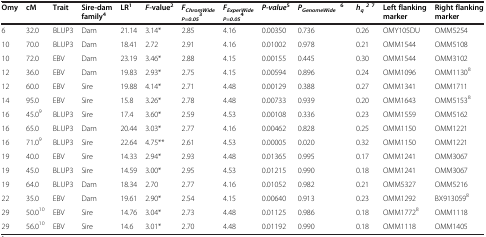
<table><thead><tr><td><b>Omy</b></td><td><b>cM</b></td><td><b>Trait</b></td><td><b>Sire-dam family<sup>4</sup></b></td><td><b>LR<sup>1</sup></b></td><td><b><i>F</i>-value<sup>2</sup></b></td><td><b><i>F</i><sub><i>ChromWide P=0.05</i></sub><sup>3</sup></b></td><td><b><i>F</i><sub><i>ExperWide P=0.05</i></sub><sup>4</sup></b></td><td><b><i>P-value</i><sup>5</sup></b></td><td><b><i>P</i><sub><i>GenomeWide </i></sub><sup>6</sup></b></td><td><b><i>h</i><sub><i>q</i></sub><sup><i>2</i></sup><sup>7</sup></b></td><td><b>Left flanking marker</b></td><td><b>Right flanking marker</b></td></tr></thead><tbody><tr><td>6</td><td>32.0</td><td>BLUP3</td><td>Dam</td><td>21.14</td><td>3.14*</td><td>2.85</td><td>4.16</td><td>0.00350</td><td>0.736</td><td>0.26</td><td>OMY105DU</td><td>OMM5254</td></tr><tr><td>10</td><td>70.0</td><td>BLUP3</td><td>Dam</td><td>18.41</td><td>2.72</td><td>2.91</td><td>4.16</td><td>0.01002</td><td>0.978</td><td>0.21</td><td>OMM1544</td><td>OMM5108</td></tr><tr><td>10</td><td>72.0</td><td>EBV</td><td>Dam</td><td>23.19</td><td>3.46*</td><td>2.88</td><td>4.15</td><td>0.00155</td><td>0.445</td><td>0.30</td><td>OMM1544</td><td>OMM3102</td></tr><tr><td>12</td><td>36.0</td><td>EBV</td><td>Dam</td><td>19.83</td><td>2.93*</td><td>2.75</td><td>4.15</td><td>0.00594</td><td>0.896</td><td>0.24</td><td>OMM1096</td><td>OMM1130<sup>8</sup></td></tr><tr><td>12</td><td>60.0</td><td>EBV</td><td>Sire</td><td>19.88</td><td>4.14*</td><td>2.71</td><td>4.48</td><td>0.00129</td><td>0.388</td><td>0.27</td><td>OMM1341</td><td>OMM1711</td></tr><tr><td>14</td><td>95.0</td><td>EBV</td><td>Sire</td><td>15.8</td><td>3.26*</td><td>2.78</td><td>4.48</td><td>0.00733</td><td>0.939</td><td>0.20</td><td>OMM1643</td><td>OMM5153<sup>8</sup></td></tr><tr><td>16</td><td>45.0<sup>9</sup></td><td>BLUP3</td><td>Sire</td><td>17.4</td><td>3.60*</td><td>2.59</td><td>4.53</td><td>0.00108</td><td>0.336</td><td>0.23</td><td>OMM1559</td><td>OMM5162</td></tr><tr><td>16</td><td>65.0</td><td>BLUP3</td><td>Dam</td><td>20.44</td><td>3.03*</td><td>2.77</td><td>4.16</td><td>0.00462</td><td>0.828</td><td>0.25</td><td>OMM1150</td><td>OMM1221</td></tr><tr><td>16</td><td>71.0<sup>9</sup></td><td>BLUP3</td><td>Sire</td><td>22.64</td><td>4.75**</td><td>2.61</td><td>4.53</td><td>0.00005</td><td>0.020</td><td>0.32</td><td>OMM1150</td><td>OMM1221</td></tr><tr><td>19</td><td>40.0</td><td>EBV</td><td>Sire</td><td>14.33</td><td>2.94*</td><td>2.93</td><td>4.48</td><td>0.01365</td><td>0.995</td><td>0.17</td><td>OMM1241</td><td>OMM3067</td></tr><tr><td>19</td><td>45.0</td><td>BLUP3</td><td>Sire</td><td>14.59</td><td>3.00*</td><td>2.95</td><td>4.53</td><td>0.01215</td><td>0.990</td><td>0.18</td><td>OMM1241</td><td>OMM3067</td></tr><tr><td>19</td><td>64.0</td><td>BLUP3</td><td>Dam</td><td>18.34</td><td>2.70</td><td>2.77</td><td>4.16</td><td>0.01052</td><td>0.982</td><td>0.21</td><td>OMM5327</td><td>OMM5216</td></tr><tr><td>22</td><td>35.0</td><td>EBV</td><td>Dam</td><td>19.61</td><td>2.90*</td><td>2.54</td><td>4.15</td><td>0.00640</td><td>0.913</td><td>0.23</td><td>OMM1292</td><td>BX913059<sup>8</sup></td></tr><tr><td>29</td><td>50.0<sup>10</sup></td><td>EBV</td><td>Sire</td><td>14.76</td><td>3.04*</td><td>2.73</td><td>4.48</td><td>0.01125</td><td>0.986</td><td>0.18</td><td>OMM1772<sup>8</sup></td><td>OMM1118</td></tr><tr><td>29</td><td>56.0<sup>10</sup></td><td>EBV</td><td>Sire</td><td>14.6</td><td>3.01*</td><td>2.70</td><td>4.48</td><td>0.01192</td><td>0.990</td><td>0.18</td><td>OMM1118</td><td>OMM1405</td></tr></tbody></table>